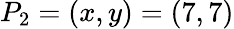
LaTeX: P_{2}=(x,y)=(7,7)